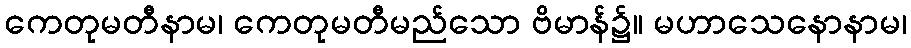
ကေတုမတီနာမ၊ ကေတုမတီမည်သော ဗိမာန်၌။ မဟာသေနောနာမ၊